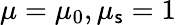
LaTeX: \mu=\mu_{0},\mu_{\mathsf{s}}=1